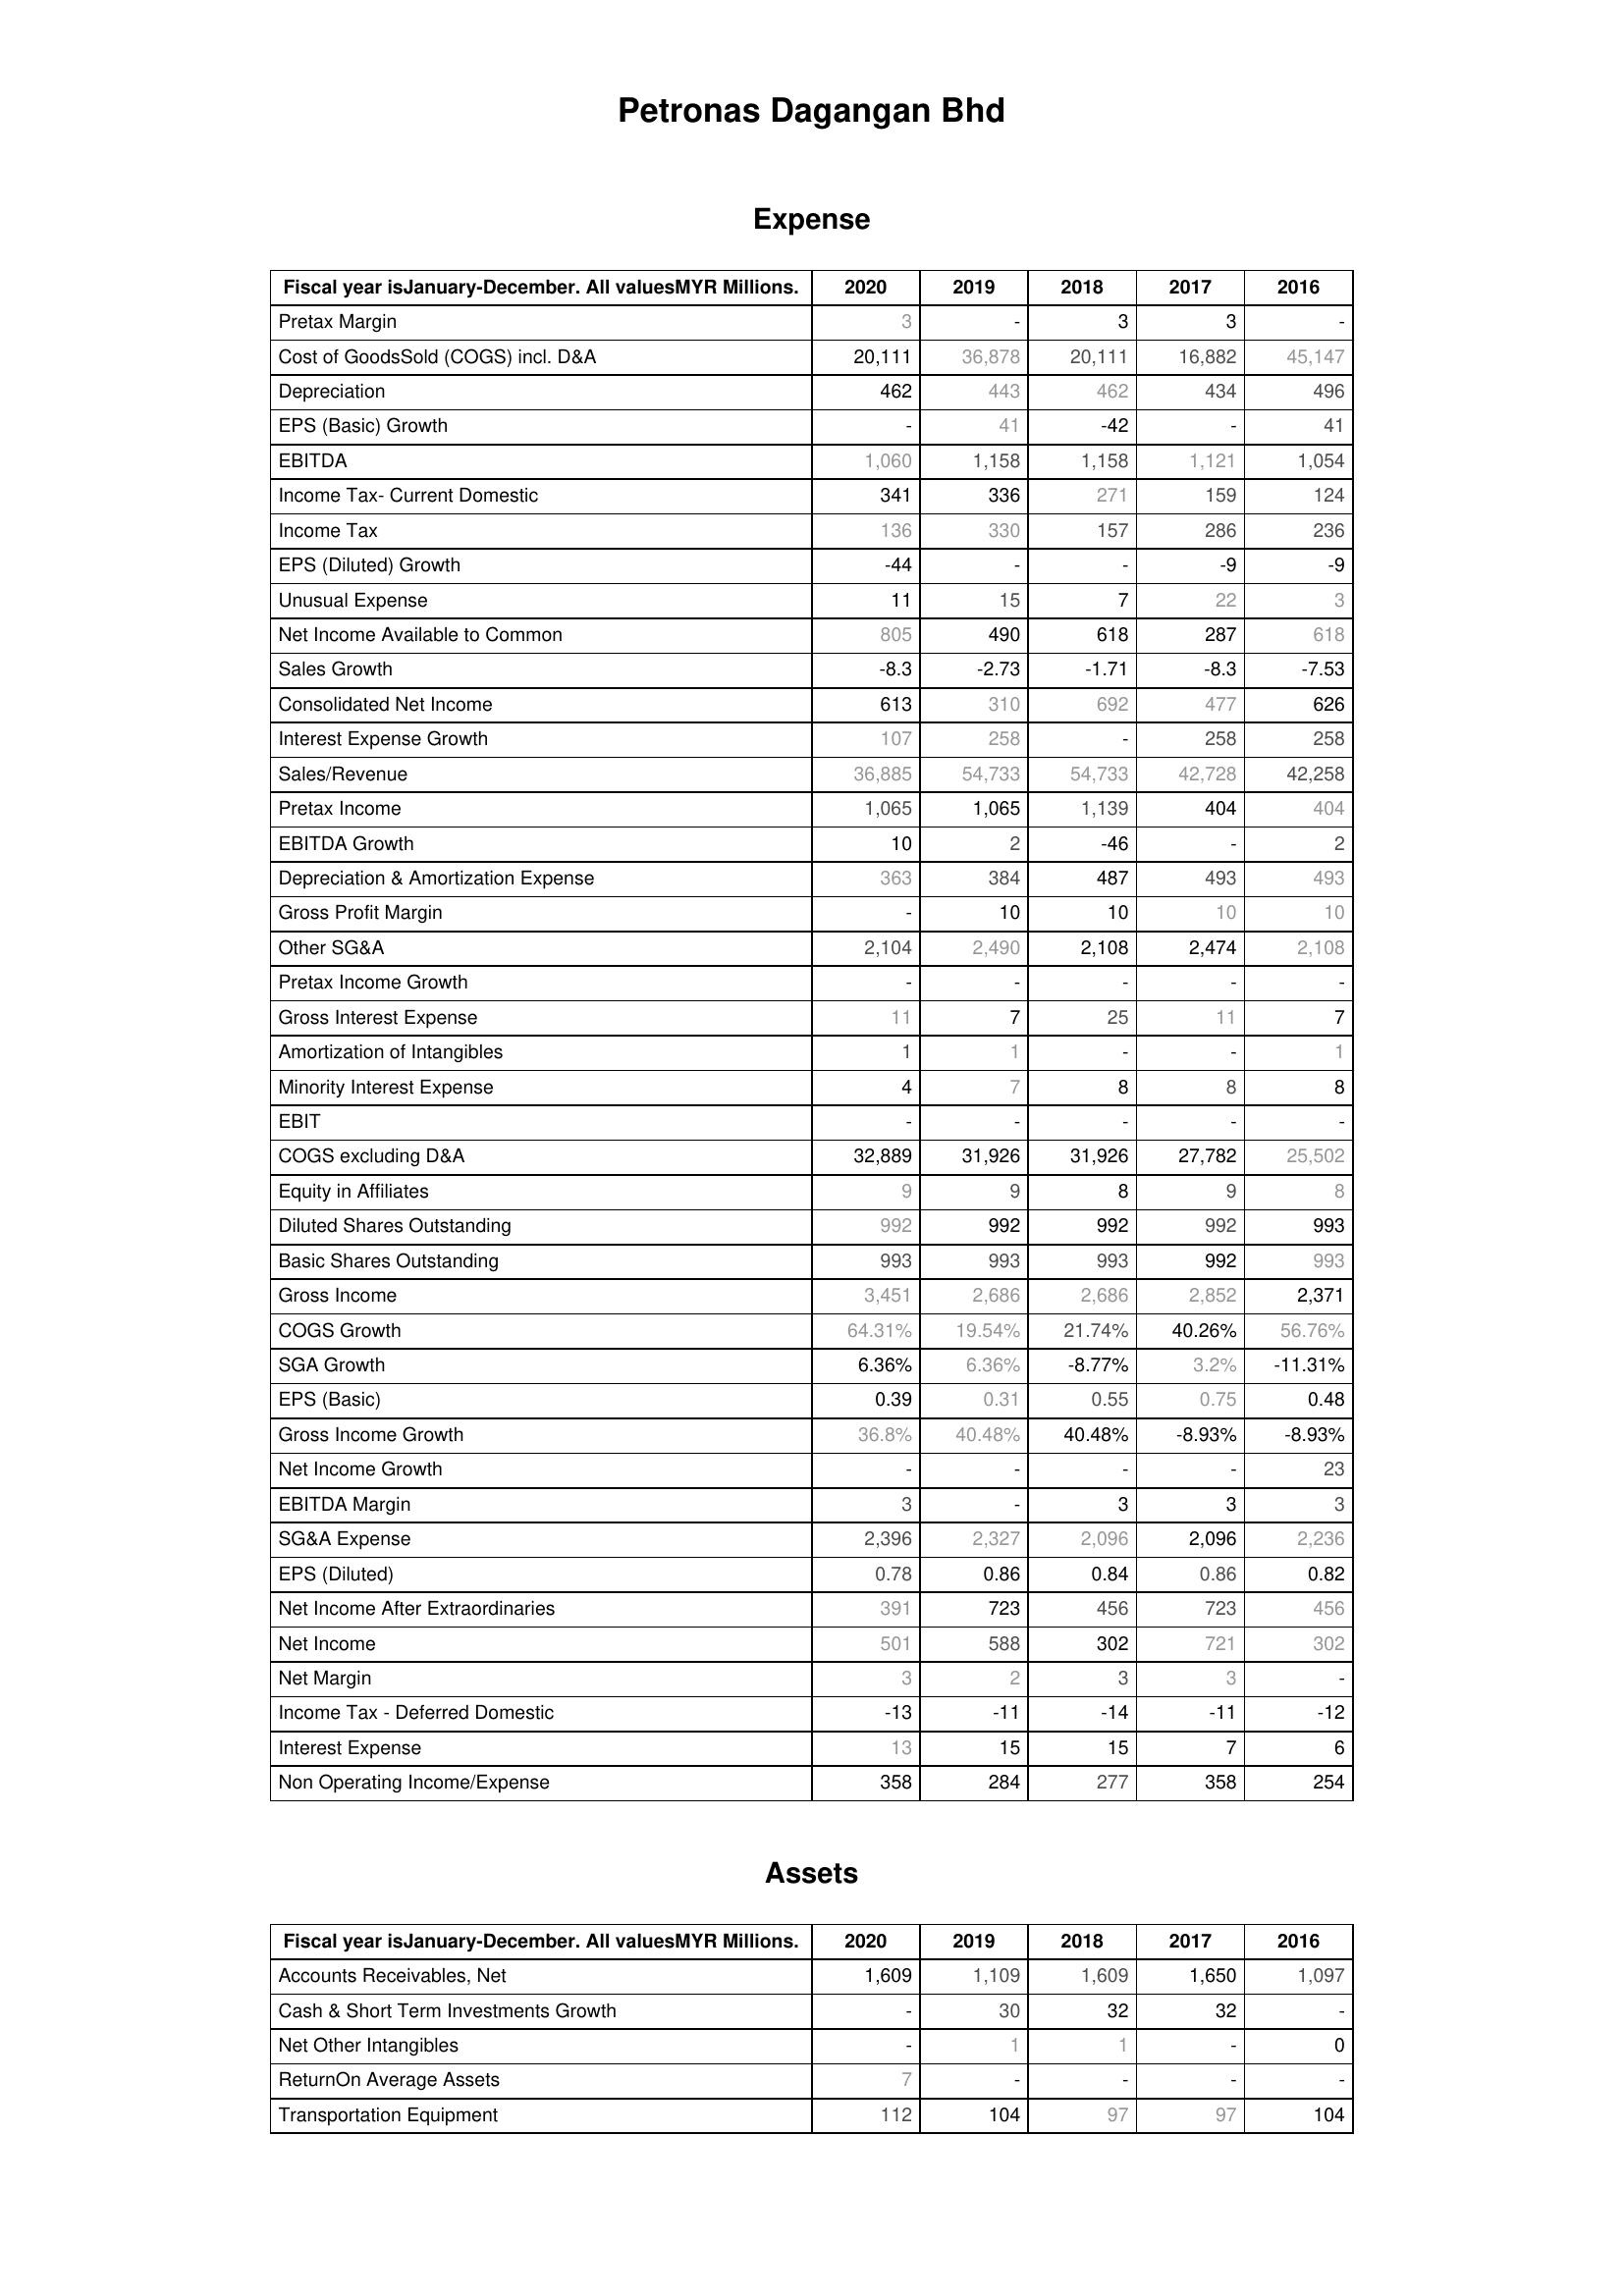
2020: Expense: Pretax Margin: 3
Cost of GoodsSold (COGS) incl. D&A: 20,111
Depreciation: 462
EPS (Basic) Growth: -
EBITDA: 1,060
Income Tax- Current Domestic: 341
Income Tax: 136
EPS (Diluted) Growth: -44
Unusual Expense: 11
Net Income Available to Common: 805
Sales Growth: -8.3
Consolidated Net Income: 613
Interest Expense Growth: 107
Sales/Revenue: 36,885
Pretax Income: 1,065
EBITDA Growth: 10
Depreciation & Amortization Expense: 363
Gross Profit Margin: -
Other SG&A: 2,104
Pretax Income Growth: -
Gross Interest Expense: 11
Amortization of Intangibles: 1
Minority Interest Expense: 4
EBIT: -
COGS excluding D&A: 32,889
Equity in Affiliates: 9
Diluted Shares Outstanding: 992
Basic Shares Outstanding: 993
Gross Income: 3,451
COGS Growth: 64.31%
SGA Growth: 6.36%
EPS (Basic): 0.39
Gross Income Growth: 36.8%
Net Income Growth: -
EBITDA Margin: 3
SG&A Expense: 2,396
EPS (Diluted): 0.78
Net Income After Extraordinaries: 391
Net Income: 501
Net Margin: 3
Income Tax - Deferred Domestic: -13
Interest Expense: 13
Non Operating Income/Expense: 358
Assets: Accounts Receivables, Net: 1,609
Cash & Short Term Investments Growth: -
Net Other Intangibles: -
ReturnOn Average Assets: 7
Transportation Equipment: 112
2019: Expense: Pretax Margin: -
Cost of GoodsSold (COGS) incl. D&A: 36,878
Depreciation: 443
EPS (Basic) Growth: 41
EBITDA: 1,158
Income Tax- Current Domestic: 336
Income Tax: 330
EPS (Diluted) Growth: -
Unusual Expense: 15
Net Income Available to Common: 490
Sales Growth: -2.73
Consolidated Net Income: 310
Interest Expense Growth: 258
Sales/Revenue: 54,733
Pretax Income: 1,065
EBITDA Growth: 2
Depreciation & Amortization Expense: 384
Gross Profit Margin: 10
Other SG&A: 2,490
Pretax Income Growth: -
Gross Interest Expense: 7
Amortization of Intangibles: 1
Minority Interest Expense: 7
EBIT: -
COGS excluding D&A: 31,926
Equity in Affiliates: 9
Diluted Shares Outstanding: 992
Basic Shares Outstanding: 993
Gross Income: 2,686
COGS Growth: 19.54%
SGA Growth: 6.36%
EPS (Basic): 0.31
Gross Income Growth: 40.48%
Net Income Growth: -
EBITDA Margin: -
SG&A Expense: 2,327
EPS (Diluted): 0.86
Net Income After Extraordinaries: 723
Net Income: 588
Net Margin: 2
Income Tax - Deferred Domestic: -11
Interest Expense: 15
Non Operating Income/Expense: 284
Assets: Accounts Receivables, Net: 1,109
Cash & Short Term Investments Growth: 30
Net Other Intangibles: 1
ReturnOn Average Assets: -
Transportation Equipment: 104
2018: Expense: Pretax Margin: 3
Cost of GoodsSold (COGS) incl. D&A: 20,111
Depreciation: 462
EPS (Basic) Growth: -42
EBITDA: 1,158
Income Tax- Current Domestic: 271
Income Tax: 157
EPS (Diluted) Growth: -
Unusual Expense: 7
Net Income Available to Common: 618
Sales Growth: -1.71
Consolidated Net Income: 692
Interest Expense Growth: -
Sales/Revenue: 54,733
Pretax Income: 1,139
EBITDA Growth: -46
Depreciation & Amortization Expense: 487
Gross Profit Margin: 10
Other SG&A: 2,108
Pretax Income Growth: -
Gross Interest Expense: 25
Amortization of Intangibles: -
Minority Interest Expense: 8
EBIT: -
COGS excluding D&A: 31,926
Equity in Affiliates: 8
Diluted Shares Outstanding: 992
Basic Shares Outstanding: 993
Gross Income: 2,686
COGS Growth: 21.74%
SGA Growth: -8.77%
EPS (Basic): 0.55
Gross Income Growth: 40.48%
Net Income Growth: -
EBITDA Margin: 3
SG&A Expense: 2,096
EPS (Diluted): 0.84
Net Income After Extraordinaries: 456
Net Income: 302
Net Margin: 3
Income Tax - Deferred Domestic: -14
Interest Expense: 15
Non Operating Income/Expense: 277
Assets: Accounts Receivables, Net: 1,609
Cash & Short Term Investments Growth: 32
Net Other Intangibles: 1
ReturnOn Average Assets: -
Transportation Equipment: 97
2017: Expense: Pretax Margin: 3
Cost of GoodsSold (COGS) incl. D&A: 16,882
Depreciation: 434
EPS (Basic) Growth: -
EBITDA: 1,121
Income Tax- Current Domestic: 159
Income Tax: 286
EPS (Diluted) Growth: -9
Unusual Expense: 22
Net Income Available to Common: 287
Sales Growth: -8.3
Consolidated Net Income: 477
Interest Expense Growth: 258
Sales/Revenue: 42,728
Pretax Income: 404
EBITDA Growth: -
Depreciation & Amortization Expense: 493
Gross Profit Margin: 10
Other SG&A: 2,474
Pretax Income Growth: -
Gross Interest Expense: 11
Amortization of Intangibles: -
Minority Interest Expense: 8
EBIT: -
COGS excluding D&A: 27,782
Equity in Affiliates: 9
Diluted Shares Outstanding: 992
Basic Shares Outstanding: 992
Gross Income: 2,852
COGS Growth: 40.26%
SGA Growth: 3.2%
EPS (Basic): 0.75
Gross Income Growth: -8.93%
Net Income Growth: -
EBITDA Margin: 3
SG&A Expense: 2,096
EPS (Diluted): 0.86
Net Income After Extraordinaries: 723
Net Income: 721
Net Margin: 3
Income Tax - Deferred Domestic: -11
Interest Expense: 7
Non Operating Income/Expense: 358
Assets: Accounts Receivables, Net: 1,650
Cash & Short Term Investments Growth: 32
Net Other Intangibles: -
ReturnOn Average Assets: -
Transportation Equipment: 97
2016: Expense: Pretax Margin: -
Cost of GoodsSold (COGS) incl. D&A: 45,147
Depreciation: 496
EPS (Basic) Growth: 41
EBITDA: 1,054
Income Tax- Current Domestic: 124
Income Tax: 236
EPS (Diluted) Growth: -9
Unusual Expense: 3
Net Income Available to Common: 618
Sales Growth: -7.53
Consolidated Net Income: 626
Interest Expense Growth: 258
Sales/Revenue: 42,258
Pretax Income: 404
EBITDA Growth: 2
Depreciation & Amortization Expense: 493
Gross Profit Margin: 10
Other SG&A: 2,108
Pretax Income Growth: -
Gross Interest Expense: 7
Amortization of Intangibles: 1
Minority Interest Expense: 8
EBIT: -
COGS excluding D&A: 25,502
Equity in Affiliates: 8
Diluted Shares Outstanding: 993
Basic Shares Outstanding: 993
Gross Income: 2,371
COGS Growth: 56.76%
SGA Growth: -11.31%
EPS (Basic): 0.48
Gross Income Growth: -8.93%
Net Income Growth: 23
EBITDA Margin: 3
SG&A Expense: 2,236
EPS (Diluted): 0.82
Net Income After Extraordinaries: 456
Net Income: 302
Net Margin: -
Income Tax - Deferred Domestic: -12
Interest Expense: 6
Non Operating Income/Expense: 254
Assets: Accounts Receivables, Net: 1,097
Cash & Short Term Investments Growth: -
Net Other Intangibles: 0
ReturnOn Average Assets: -
Transportation Equipment: 104